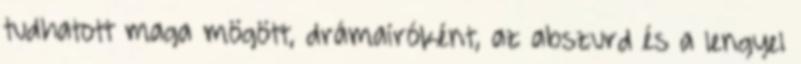
tudhatott maga mögött, drámaíróként, az abszurd és a lengyel